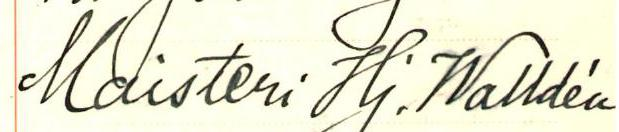
Maisteri Hj. Walldén